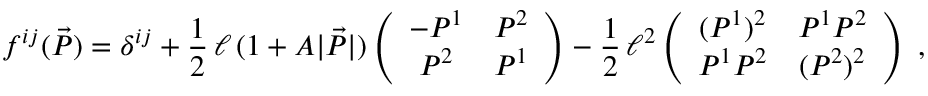
f ^ { i j } ( \vec { P } ) = \delta ^ { i j } + \frac { 1 } { 2 } \, \ell \, ( 1 + A | \vec { P } | ) \left( \begin{array} { c c } { - P ^ { 1 } } & { P ^ { 2 } } \\ { P ^ { 2 } } & { P ^ { 1 } } \end{array} \right) - \frac { 1 } { 2 } \, \ell ^ { 2 } \left( \begin{array} { c c } { ( P ^ { 1 } ) ^ { 2 } } & { P ^ { 1 } P ^ { 2 } } \\ { P ^ { 1 } P ^ { 2 } } & { ( P ^ { 2 } ) ^ { 2 } } \end{array} \right) \; ,